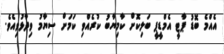
އެއްމެ ބޮޑު ޕާޓީ އެމްޑީޕީ ބަލިކޮށް ކާމިޔާބު ކުރެއްވި ކަމަށް ސިޔާމު ވިދާޅުވިއެވެ.